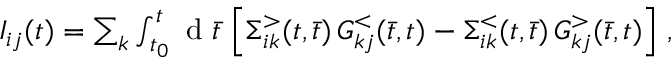
\begin{array} { r } { I _ { i j } ( t ) = \sum _ { k } \int _ { t _ { 0 } } ^ { t } \mathrm { ~ d ~ } \bar { t } \, \left[ \Sigma _ { i k } ^ { > } ( t , \bar { t } ) \, G _ { k j } ^ { < } ( \bar { t } , t ) - \Sigma _ { i k } ^ { < } ( t , \bar { t } ) \, G _ { k j } ^ { > } ( \bar { t } , t ) \right] \, , } \end{array}